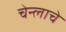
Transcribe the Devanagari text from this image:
चेन्लाचे